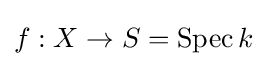
f:X\to S=\operatorname {Spec} k